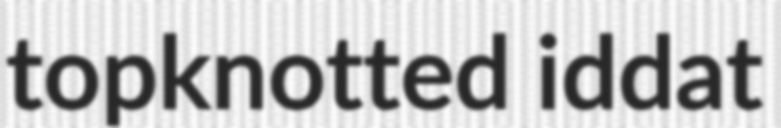
topknotted iddat